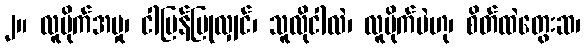
၂။ လူမိုက်အမှု၊ ငါပြန်ပြုလျှင်၊ သူလိုငါလဲ၊ လူမိုက်ပဲဟု၊ စိတ်ထဲတွေးဆ၊